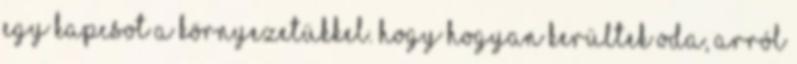
egy kapcsot a környezetükkel. Hogy hogyan kerültek oda, arról